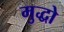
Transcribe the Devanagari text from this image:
मुद्धो